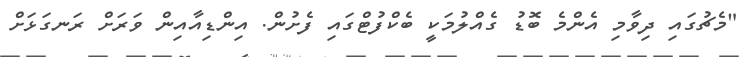
"މެޗުގައި ދިވާމި އެންމެ ބޮޑު ގެއްލުމަކީ ބެކްފުޓްގައި ފެށުން. އިންޑިއާއިން ވަރަށް ރަނގަޅަށް